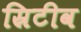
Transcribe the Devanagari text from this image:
स्रिटीव